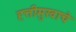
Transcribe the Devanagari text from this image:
ह्त्तीमुखाचे